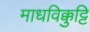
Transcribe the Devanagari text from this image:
माधविक्कुट्टि